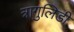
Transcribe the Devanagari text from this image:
त्रागुलिडी